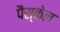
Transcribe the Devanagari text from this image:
पैस्केल